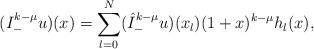
LaTeX: \begin{align*} (I^{k-\mu}_-u)(x)=\sum_{l=0}^N (\hat I^{k-\mu}_-u)(x_l) (1+x)^{k-\mu} h_l(x), \end{align*}